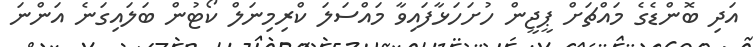
އަދި ބޮންޑެގެ މައްޗަށް ޕީޖީން ހުށަހަޅާފައިވާ މައްސަލަ ކްރިމިނަލް ކޯޓުން ބަލައިގަނެ އަންނަ